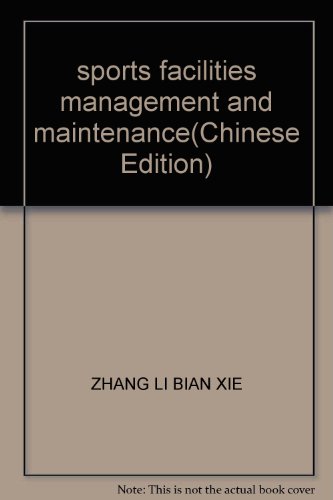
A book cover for sports facilities management and maintenance; ZHANG LI BIAN XIE; Sports & Outdoors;